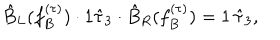
LaTeX: \hat { B } _ { L } ( f _ { B } ^ { ( \tau ) } ) \cdot 1 \hat { \tau } _ { 3 } \cdot \hat { B } _ { R } ( f _ { B } ^ { ( \tau ) } ) = 1 \, \hat { \tau } _ { 3 } ,